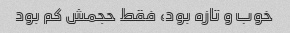
خوب و تازه بود، فقط حجمش کم بود